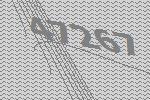
47267